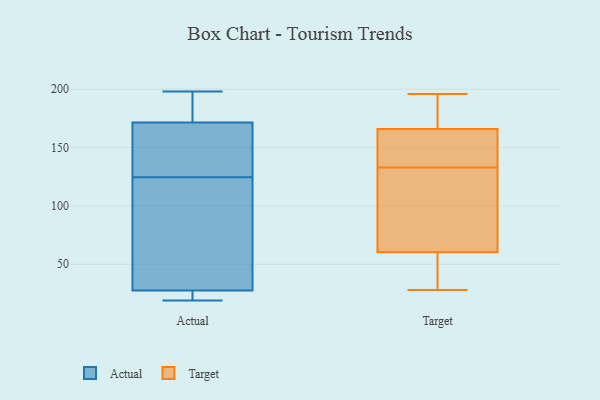
{"axis": {"x": "Temperature (°C)", "y": "Value"}, "legend": ["Actual", "Target"], "data": [{"x": "", "y": 23, "type": "Actual"}, {"x": "", "y": 21, "type": "Actual"}, {"x": "", "y": 32, "type": "Actual"}, {"x": "", "y": 117, "type": "Actual"}, {"x": "", "y": 23, "type": "Actual"}, {"x": "", "y": 196, "type": "Actual"}, {"x": "", "y": 19, "type": "Actual"}, {"x": "", "y": 154, "type": "Actual"}, {"x": "", "y": 198, "type": "Actual"}, {"x": "", "y": 57, "type": "Actual"}, {"x": "", "y": 167, "type": "Actual"}, {"x": "", "y": 114, "type": "Actual"}, {"x": "", "y": 176, "type": "Actual"}, {"x": "", "y": 90, "type": "Actual"}, {"x": "", "y": 153, "type": "Actual"}, {"x": "", "y": 193, "type": "Actual"}, {"x": "", "y": 162, "type": "Actual"}, {"x": "", "y": 132, "type": "Actual"}, {"x": "", "y": 21, "type": "Actual"}, {"x": "", "y": 190, "type": "Actual"}, {"x": "", "y": 175, "type": "Target"}, {"x": "", "y": 57, "type": "Target"}, {"x": "", "y": 28, "type": "Target"}, {"x": "", "y": 95, "type": "Target"}, {"x": "", "y": 106, "type": "Target"}, {"x": "", "y": 92, "type": "Target"}, {"x": "", "y": 160, "type": "Target"}, {"x": "", "y": 47, "type": "Target"}, {"x": "", "y": 70, "type": "Target"}, {"x": "", "y": 152, "type": "Target"}, {"x": "", "y": 196, "type": "Target"}, {"x": "", "y": 168, "type": "Target"}, {"x": "", "y": 133, "type": "Target"}, {"x": "", "y": 42, "type": "Target"}, {"x": "", "y": 38, "type": "Target"}, {"x": "", "y": 139, "type": "Target"}, {"x": "", "y": 179, "type": "Target"}, {"x": "", "y": 142, "type": "Target"}, {"x": "", "y": 185, "type": "Target"}]}